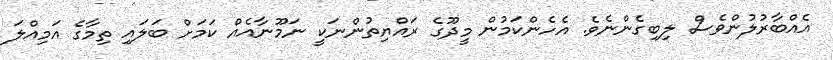
އެއްބާރުލުންވެސް ލިބިގެންނެވެ. އެހެންކަމުން މީދޫގެ ރައްޔިތުންނަކީ ނަމޫނާއެއް ކަމަށް ބަލައި ތިމާގެ އަމިއްލަ